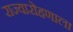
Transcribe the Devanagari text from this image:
राज्यारोहणाला